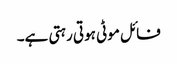
فائل موٹی ہوتی رہتی ہے۔